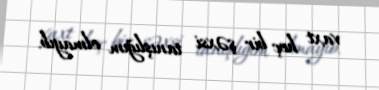
vaxt heç bir şəxsi tanışlığım olmayıb.